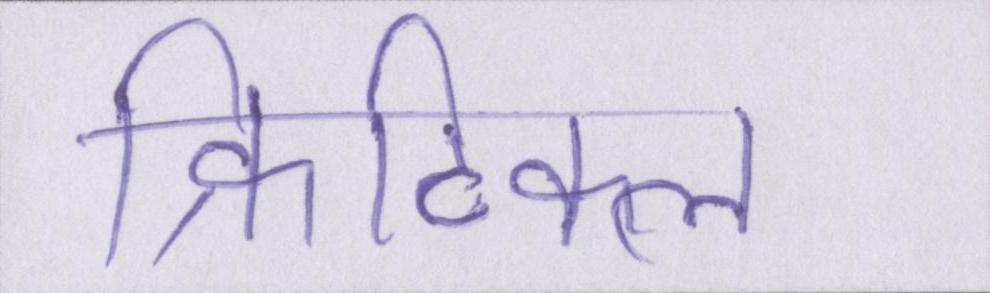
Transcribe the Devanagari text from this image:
क्रिटिकल